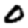
Digit: 0